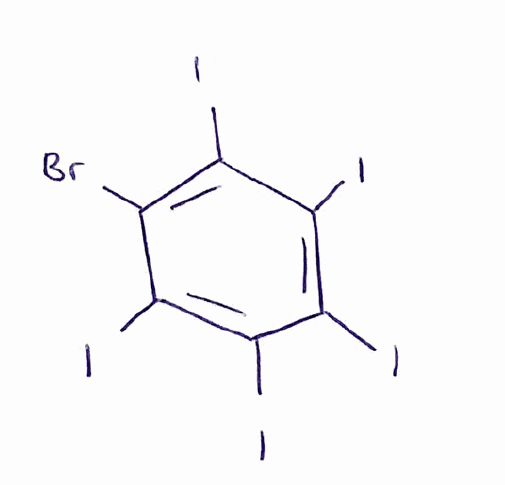
Simplified molecular-input line-entry system (SMILES) notation of the given molecule:
C1(=C(C(=C(C(=C1I)I)I)I)I)Br